Standards of the constituents of the urine and blood and the bearing of the metabolism of Bengalis on the problems of nutrition - Number 34
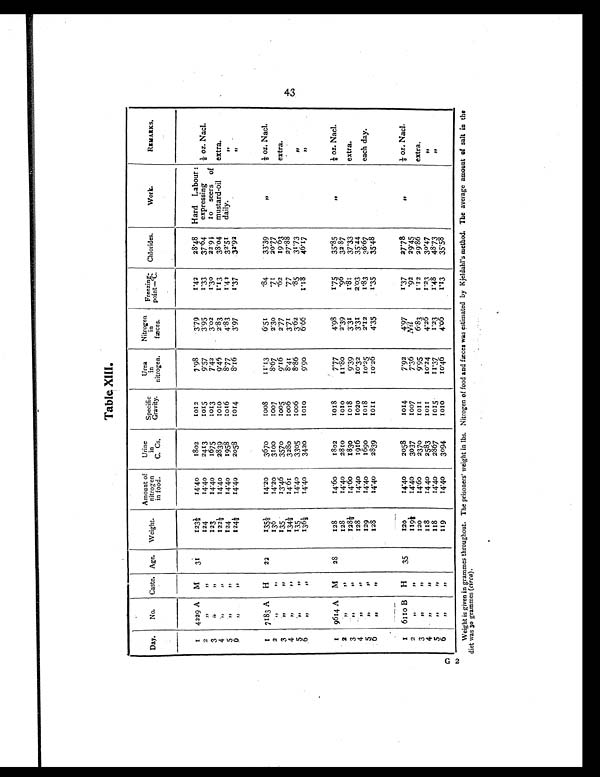
Table XIII.
Day.
No. Caste. Age. Weight.
Amount of
nitrogen
1n food.
Urine
i n
C. Cs.
Specific
Gravity.
Urea
in
nitrogen.
Nitrogen
i n
faces.
Freezing-
point—°C. Chlorides.
Work.
REMARKS.
1 4229 A M
31
123½
14.40
1 8 0 2
1012
7.98
3.79
1 . 4 2 28.48 Hard Labour :
2
,,
, ,
124
14.40
2413
1015
9.57
3.95
1 . 3 3 37.64
expressing
1/8 oz. Nacl.
3
,
, ,
123
14.40
1675
1013
7.42
3.02
1.30
22.91
10 seers of
4
, ,
, ,
1 2 2 ½
14.40
2839
1 0 1 0
9.46
2.83
1 . 1 3 38.04
mustard-o1l
extra.
5
, ,
, ,
124
14.40
1958
1 0 1 6
8.77
4.83
1.42
32.51
da1ly.
, ,
6
, ,
, ,
124½
14.40
2058
1014
8.16
3.97
1.37
32.92
, ,
1 7183 A H
22
135½
14.20
3670
1 0 0 8
1 1 . 1 3
6.51
. 8 433.39
, ,
1/8 oz. Nacl.
2
, ,
, ,
136
14.20
3100
1007
8.67
2.30
. 7 120.77
2
, ,
, ,
135
13.46
3570
1005
9.16
2.77
. 6 219 63
extra.
4
, , ,
, ,
134½
1 4 . 6 1
3280
1 0 0 6
8.41
3.71
. 7 7
27.88
5
, ,
, ,
135
14.40
3305
1006
8.86
3.62
. 8 531.73
, ,
6
, ,
, ,
136½
14.40
3420
1010
9.90
6.66
1.18
46.17
, ,
1 9614 A M
28
128
14.60
1802
1018
7.77
4.98
1.75
35.85
, ,
1/8 oz. Nacl.
2
, ,
, ,
128
14.40
2810
1010
11.80
2.39
. 9 632.87
3
, ,
, ,
128½
14.60
1830
1 0 1 8
9.39
3.31
1.81
37.33
extra.
4
, ,
, ,
128
14.40
1916
1020
10.32
3.31
2.03
35.44
5
, ,
, ,
129
14.40
1690
1018
10.25
2.12
1 . 8 3 36.67
each day.
6
,,
, ,
128
14.40
2839
1 0 1 1
10.26
4.35
1.35
35.48
1 6110 B H
35
120
14.40
2058
1014
7.92
4.97
1.37
27.78
, ,
1/8 oz. Nacl.
2
, ,
, ,
119½
14.40
3037
1007
7.36
. Nil
. 9 229.45
extra.
3
, ,
, ,
120
14.60
2370
1 0 1 1
9.95
6.83
1.12
29.86
4
, ,
, ,
118
14 40
2583
1 0 1 1
10.24
4.26
1.23
30.47
, ,
5
, ,
, ,
118
14.40
2867
1015
11.37
1.23
1 . 4 8 48.73
, ,
6
, ,
, ,
119
14.40
3094
1010
10.46
4.06
1.13
35.58
Weight is given in grammes throughout. The prisoners'. weight in lbs. Nitrogen of food and fæces was estimated by Kjeldahl.s method. The average amount of salt in the
diet was 30 grammes (circa).